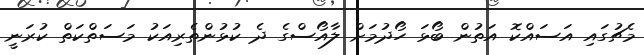
މެޗުގައި އަސައްކޮ އަތުން ބޯޅަ ހޯދުމަށް ލާއޯސްގެ ދެ ކުޅުންތެރިއަކު މަސަތްކަތް ކުރަނީ